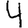
Digit: 4